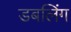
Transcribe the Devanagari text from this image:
डबलिंग